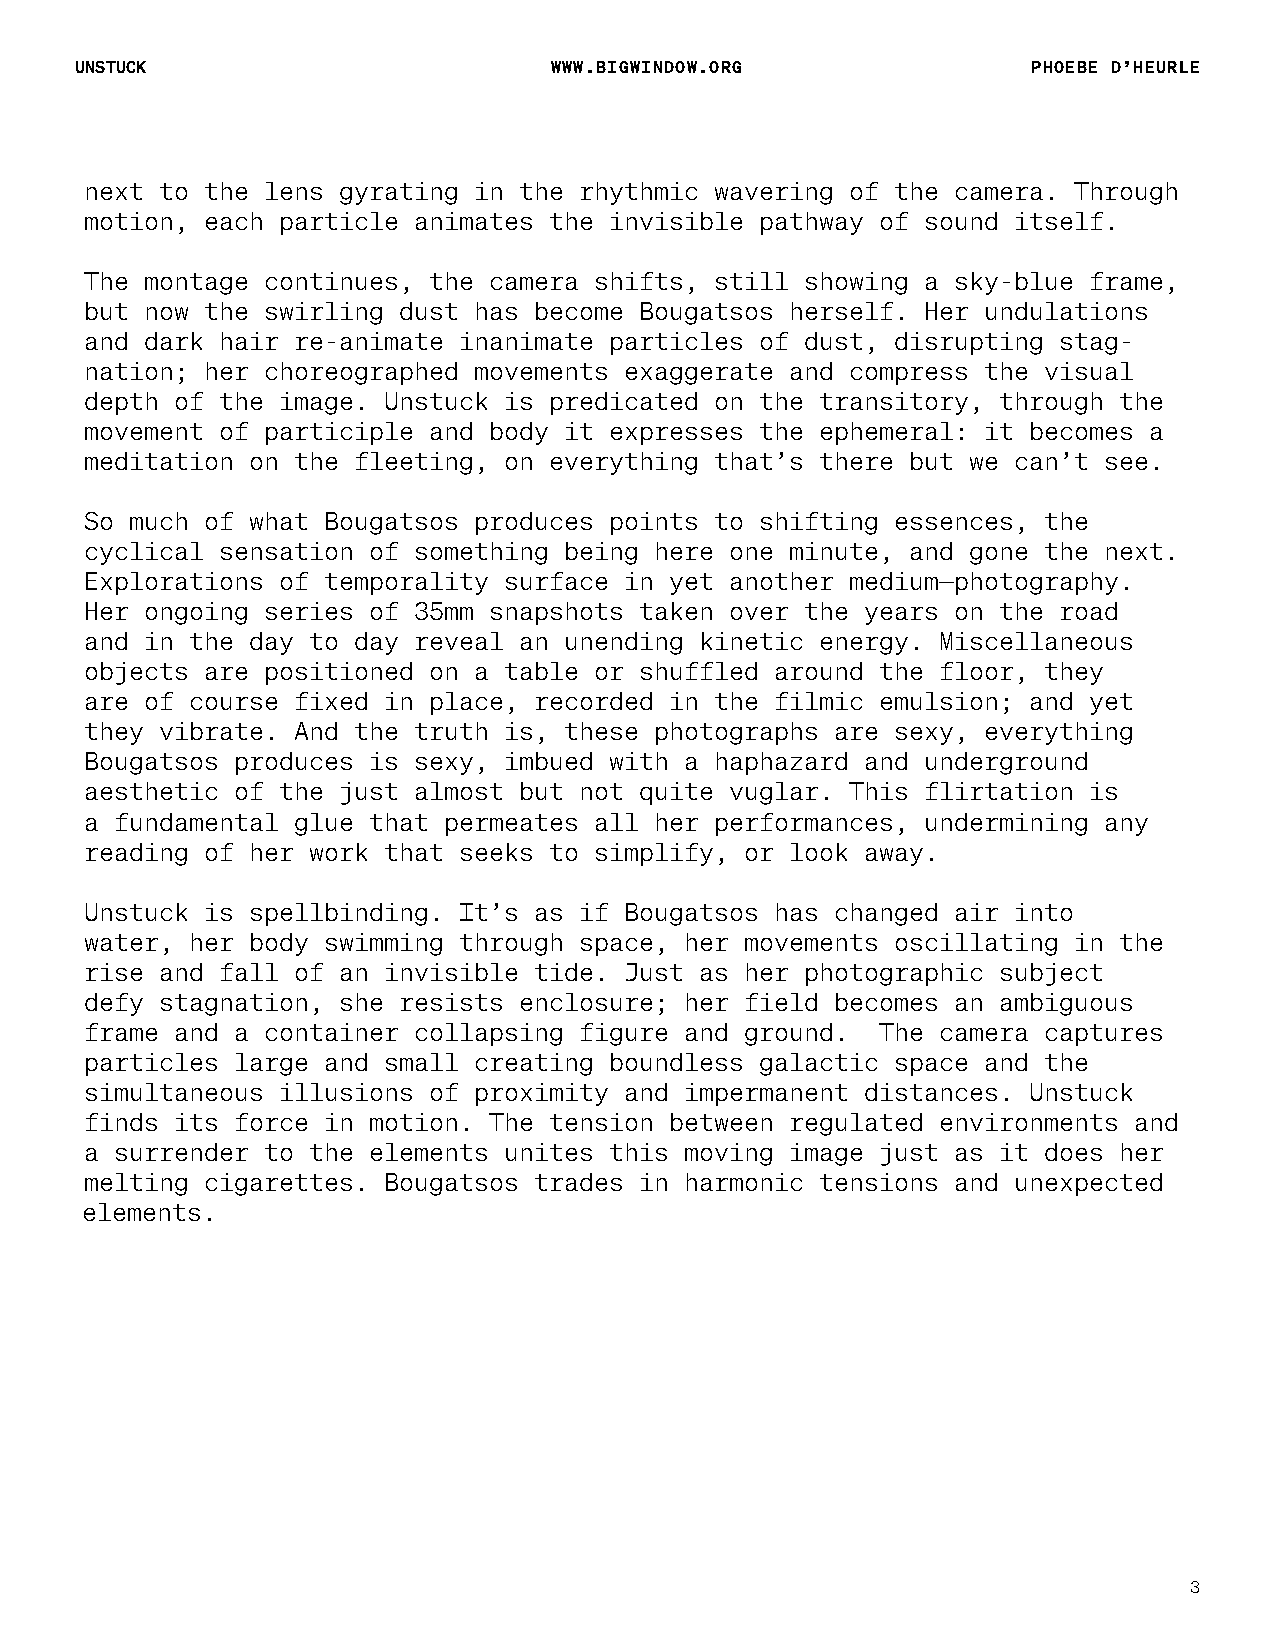
UNSTUCK                        WWW.BIGWINDOW.ORG               PHOEBE D’HEURLE
 next to the lens gyrating in the rhythmic wavering of the camera. Through
 motion, each particle animates the invisible pathway of sound itself.
 The montage continues, the camera shifts, still showing a sky-blue frame,
 but now the swirling dust has become Bougatsos herself. Her undulations
 and dark hair re-animate inanimate particles of dust, disrupting stag-
 nation; her choreographed movements exaggerate and compress the visual
 depth of the image. Unstuck is predicated on the transitory, through the
 movement of participle and body it expresses the ephemeral: it becomes a
 meditation on the fleeting, on everything that’s there but we can’t see.
 So much of what Bougatsos produces points to shifting essences, the
 cyclical sensation of something being here one minute, and gone the next.
 Explorations of temporality surface in yet another medium—photography.
 Her ongoing series of 35mm snapshots taken over the years on the road
 and in the day to day reveal an unending kinetic energy. Miscellaneous
 objects are positioned on a table or shuffled around the floor, they
 are of course fixed in place, recorded in the filmic emulsion; and yet
 they vibrate. And the truth is, these photographs are sexy, everything
 Bougatsos produces is sexy, imbued with a haphazard and underground
 aesthetic of the just almost but not quite vuglar. This flirtation is
 a fundamental glue that permeates all her performances, undermining any
 reading of her work that seeks to simplify, or look away.
 Unstuck is spellbinding. It’s as if Bougatsos has changed air into
 water, her body swimming through space, her movements oscillating in the
 rise and fall of an invisible tide. Just as her photographic subject
 defy stagnation, she resists enclosure; her field becomes an ambiguous
 frame and a container collapsing figure and ground. The camera captures
 particles large and small creating boundless galactic space and the
 simultaneous illusions of proximity and impermanent distances. Unstuck
 finds its force in motion. The tension between regulated environments and
 a surrender to the elements unites this moving image just as it does her
 melting cigarettes. Bougatsos trades in harmonic tensions and unexpected
 elements.
 3